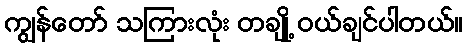
ကျွန်တော် သကြားလုံး တချို့ ဝယ်ချင်ပါတယ်။